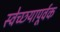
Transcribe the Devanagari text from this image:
स्वेच्छयापूर्वक